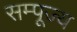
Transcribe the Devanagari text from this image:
सम्पूज्य